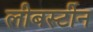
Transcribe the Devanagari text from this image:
लीबर्स्टीन